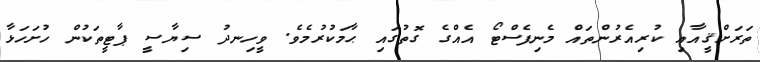
ތަރަށްޤީއާއި ކުރިއެރުންތައް މެނިފެސްޓޯ އެއްގެ ގޮތުގައި ޙާމަކުރުމެވެ. ވީހިނދު ސިޔާސީ ޕާޓީތަކުން ހުށަހަޅާ